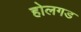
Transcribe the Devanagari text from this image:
होलगड